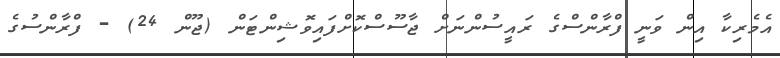
އެމެރިކާ އިން ވަނީ ފްރާންސްގެ ރައީސުންނަށް ޖާސޫސްކޮށްފައިވޮޝިންޓަން (ޖޫން 24) - ފްރާންސުގެ